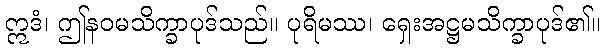
ဣဒံ၊ ဤနဝမသိက္ခာပုဒ်သည်။ ပုရိမဿ၊ ရှေးအဋ္ဌမသိက္ခာပုဒ်၏။